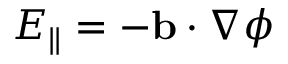
E _ { \parallel } = - \mathbf { b } \cdot \nabla \phi